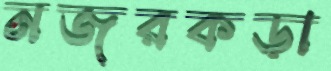
নজরকড়া